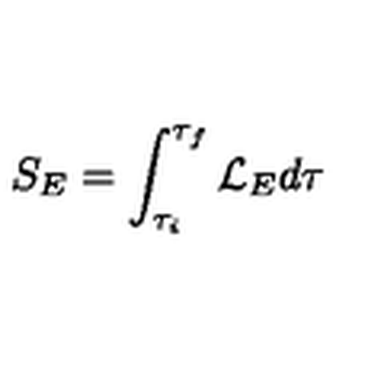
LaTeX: S _ { E } = \int _ { \tau _ { i } } ^ { \tau _ { f } } { \cal L } _ { E } d \tau